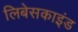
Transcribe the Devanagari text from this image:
लिबेसकाइंड